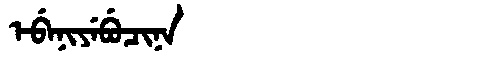
Manchu: ᡝᠪᡝᠨᡳᠶᡝᠪᡠᠴᡳᠨᠠ
Romanization: EBENIYEBUCINA